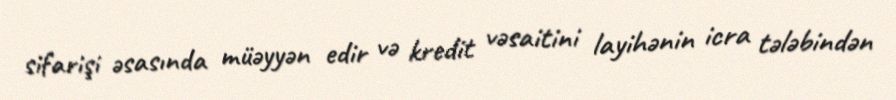
sifarişi əsasında müəyyən edir və kredit vəsaitini layihənin icra tələbindən